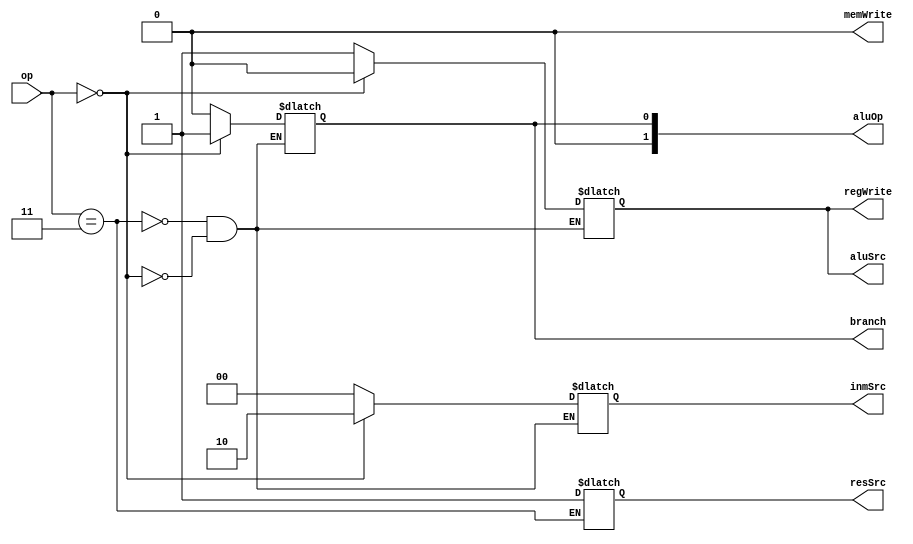
module mainDeco(
    input [6:0] op,
    output wire branch,
    output wire resSrc,
    output wire memWrite,
    output wire aluSrc,
    output [1:0] inmSrc,
    output wire regWrite,
    output [1:0] aluOp
);

reg branchAux = 0;
reg resSrcAux = 0;
reg memWriteAux = 0;
reg aluSrcAux = 0;
reg [1:0] inmSrcAux = 0;
reg regWriteAux = 0;
reg [1:0] aluOpAux = 0;

always @(*)
begin
    case (op)
        3'd003:
        begin
            branchAux = 0;
            resSrcAux = 1;
            memWriteAux = 0;
            aluSrcAux = 1;
            inmSrcAux = 2'b00;
            regWriteAux = 1;
            aluOpAux = 2'b00;
        end
        3'd035:
        begin
            branchAux = 0;
            memWriteAux = 1;
            aluSrcAux = 1;
            inmSrcAux = 2'b01;
            regWriteAux = 0;
            aluOpAux = 2'b00;
        end
        3'd051:
        begin
            branchAux = 0;
            resSrcAux = 0;
            memWriteAux = 0;
            aluSrcAux = 0;
            regWriteAux = 1;
            aluOpAux = 2'b10;
        end
        3'd000:
        begin
            branchAux = 1;
            memWriteAux = 0;
            aluSrcAux = 0;
            inmSrcAux = 2'b10;
            regWriteAux = 0;
            aluOpAux = 2'b01;
        end
    endcase
end

assign branch = branchAux;
assign resSrc = resSrcAux;
assign memWrite = memWriteAux;
assign aluSrc = aluSrcAux;
assign inmSrc = inmSrcAux;
assign regWrite = regWriteAux;
assign aluOp = aluOpAux;

endmodule